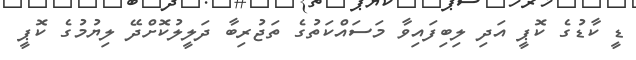
ޑީ ކާޑުގެ ކޮޕީ އަދި ލިބިފައިވާ މަސައްކަތުގެ ތަޖުރިބާ ދަލީލުކޮށްދޭ ލިޔުމުގެ ކޮޕީ